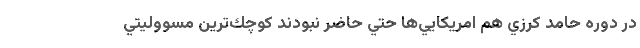
در دوره حامد كرزي هم امريكايي‌ها حتي حاضر نبودند كوچك‌ترين مسووليتي